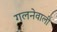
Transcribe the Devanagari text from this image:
गलनेवाली